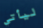
ليأتي